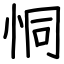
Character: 恫